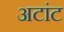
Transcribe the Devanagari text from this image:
अटांट